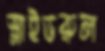
স্লাইডরুল